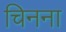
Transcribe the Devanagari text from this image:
चिनना